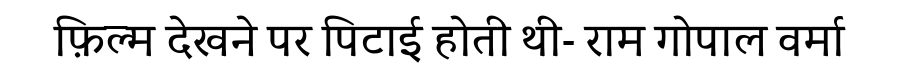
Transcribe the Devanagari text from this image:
फ़िल्म देखने पर पिटाई होती थी- राम गोपाल वर्मा